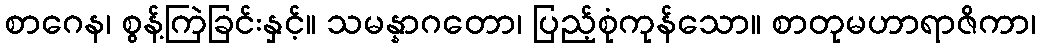
စာဂေန၊ စွန့်ကြဲခြင်းနှင့်။ သမန္နာဂတော၊ ပြည့်စုံကုန်သော။ စာတုမဟာရာဇိကာ၊